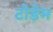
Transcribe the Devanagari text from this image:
टोडेम